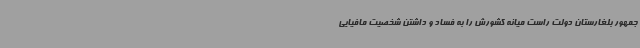
جمهور بلغارستان دولت راست میانه کشورش را به فساد و داشتن شخصیت مافیایی